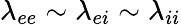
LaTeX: \lambda_{ee}\sim\lambda_{ei}\sim\lambda_{ii}